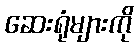
ဆေးရုံများကို